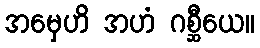
အမှေဟိ အဟံ ဂစ္ဆီယေ။